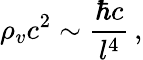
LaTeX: \rho_{v}c^{2}\sim\frac{\hbar c}{l^{4}}\, ,